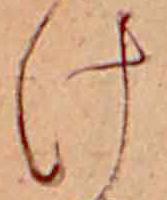
け